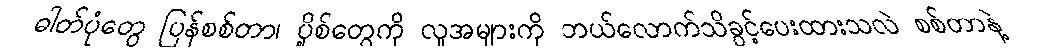
ဓါတ်ပုံတွေ ပြန်စစ်တာ၊ ပို့စ်တွေကို လူအများကို ဘယ်လောက်သိခွင့်ပေးထားသလဲ စစ်တာနဲ့